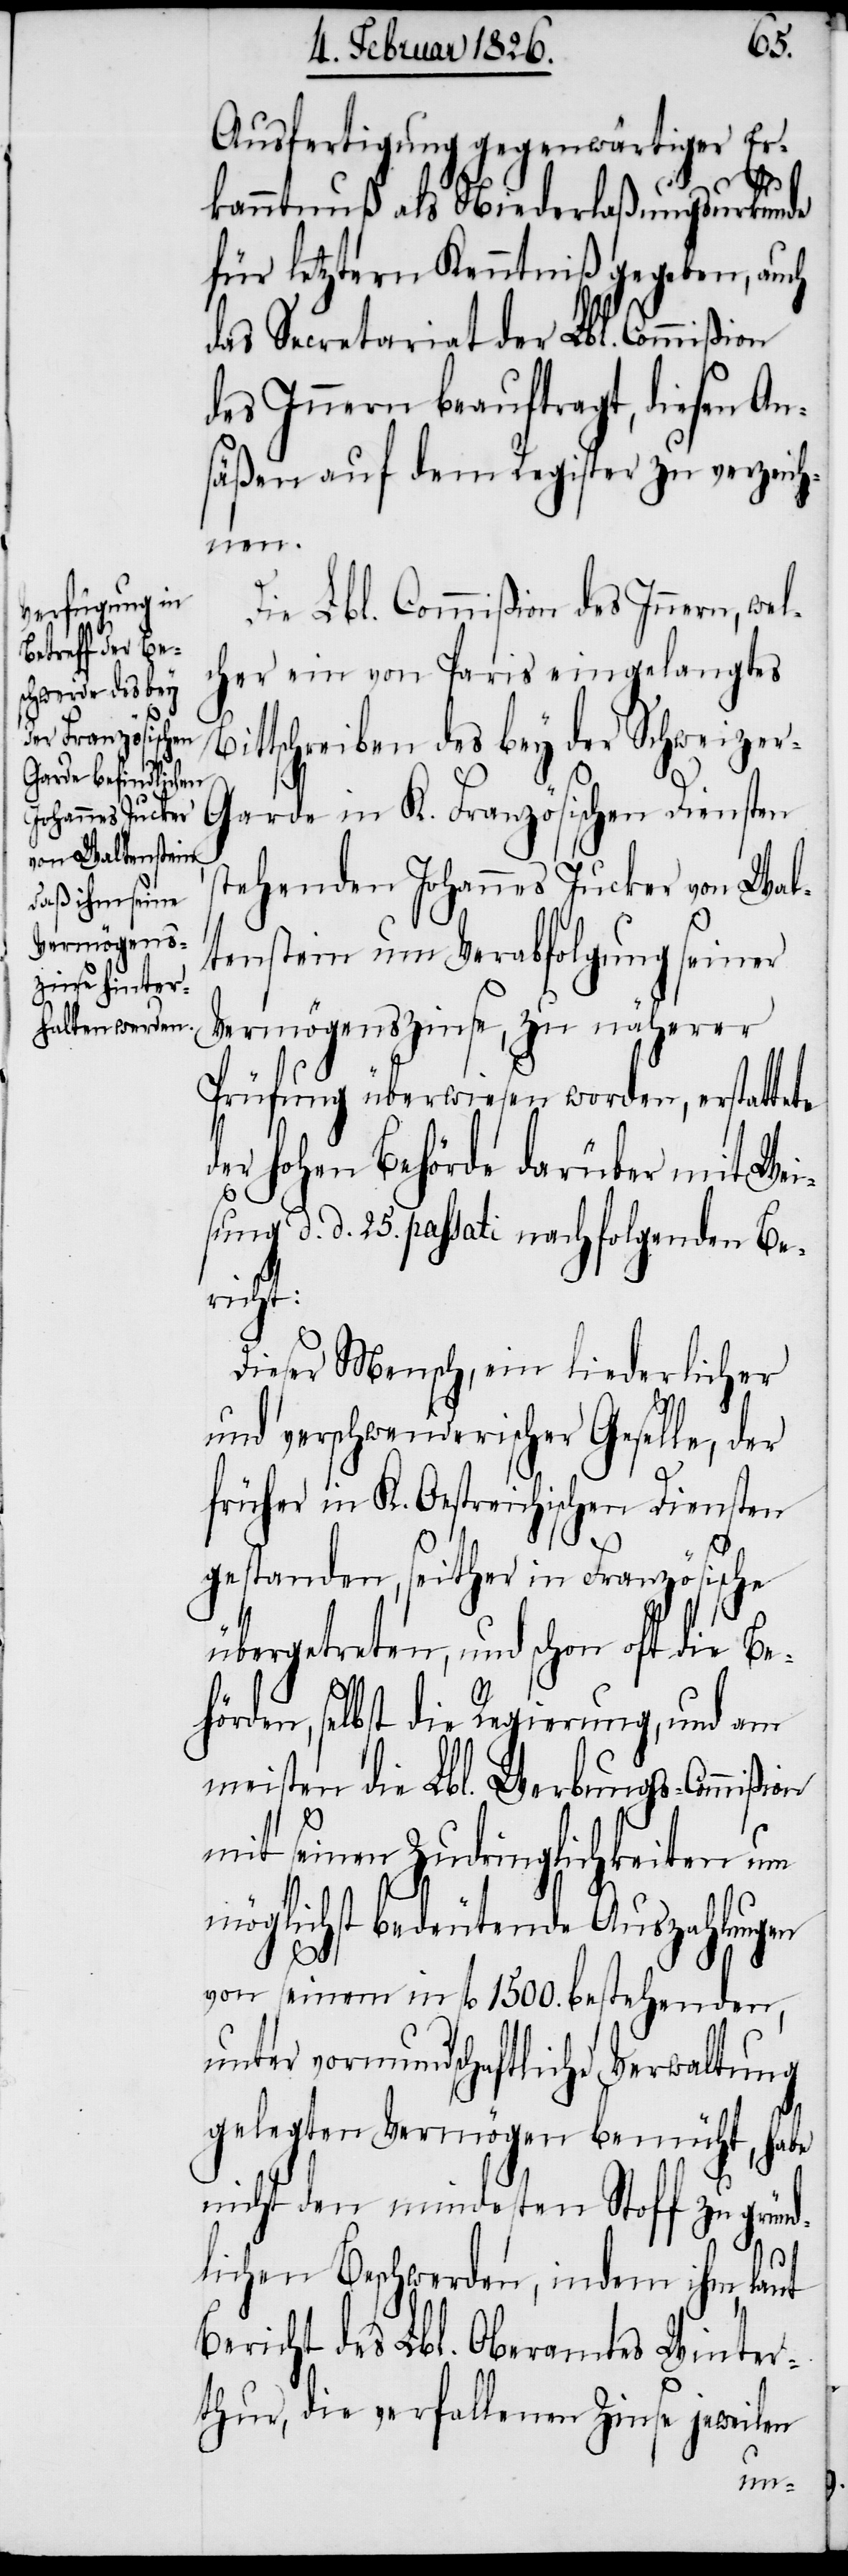
Ausfertigungen gegenwärtiger Er¬
kanntnuß als Niederlaßungsurkunde
für letztern Kenntniß gegeben, auch
das Secretariat der Lbl. Commißion
des Innern beauftragt, diesen An¬
säßen auf dem Register zu verzeich¬
nen.
Die Lbl. Commißion des Innern, wel¬
che ein von Paris eingelangtes
ittschreiben des bey der Schweize¬
r-Garde in K. Französischen Diensten
stehenden Johannes Jucker von Wal¬
tenstein um Verabfolgung seiner
Vermögenszinse, zu näherer
Prüfung überwiesen worden, erstattete
er hohen Behörde darüber mit Wei¬
sung d. d. 25. passati nachfolgenden Be¬
richt:
Dieser Mensch, ein liederlicher
und verschwenderischer Geselle, der
früher in K. Oestreichischen Diensten
gestanden, seither in Französische
übergetreten, und schon oft die Be¬
hörden, selbst die Regierung, und am
meisten die Lbl. Werbungs-Commißion
d¬
mit seinen Zudringlichkeiten um
möglichst bedeutende Auszahlungen
von seinem in fl. 1500. bestehenden,
unter vormundschaftliche Verwaltung
gelegten Vermögen bemüht, habe
nicht den mindesten Stoff zu gründ¬
lichen Beschwerden, indem ihm, laut
Bericht des Lbl. Oberamtes Winter¬
thur, die verfallenen Zinse jeweilen